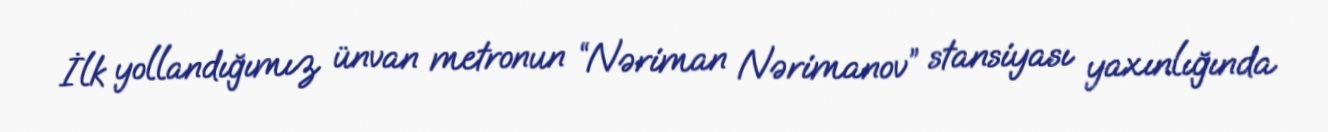
İlk yollandığımız ünvan metronun “Nəriman Nərimanov” stansiyası yaxınlığında